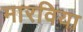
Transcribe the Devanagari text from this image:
मारविया